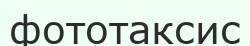
фототаксис